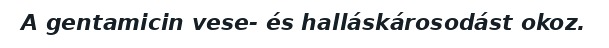
A gentamicin vese- és halláskárosodást okoz.